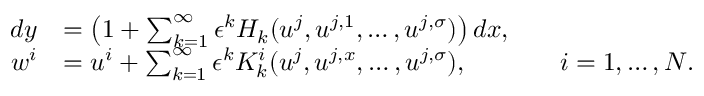
\begin{array} { r l r l } { d y } & { = \left( 1 + \sum _ { k = 1 } ^ { \infty } \epsilon ^ { k } H _ { k } ( u ^ { j } , u ^ { j , 1 } , \ldots , u ^ { j , \sigma } ) \right) d x , } \\ { w ^ { i } } & { = u ^ { i } + \sum _ { k = 1 } ^ { \infty } \epsilon ^ { k } K _ { k } ^ { i } ( u ^ { j } , u ^ { j , x } , \ldots , u ^ { j , \sigma } ) , } & & { i = 1 , \ldots , N . } \end{array}